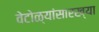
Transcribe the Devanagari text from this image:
वेटोळ्यांसारख्या